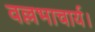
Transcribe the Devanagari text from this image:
वल्लभाचार्य।